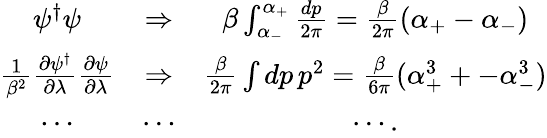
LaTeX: \begin{array}{ccc}{{\psi^{\dagger}\psi}}&{{\Rightarrow}}&{{\beta\int_{\alpha_{-}}^{\alpha_{+}}{\frac{dp}{2\pi}}={\frac{\beta}{2\pi}}(\alpha_{+}-\alpha_{-})}}\\ {{{\frac{1}{\beta^{2}}}{\frac{\partial\psi^{\dagger}}{\partial\lambda}}{\frac{\partial\psi}{\partial\lambda}}}}&{{\Rightarrow}}&{{{\frac{\beta}{2\pi}}\int dp\, p^{2}={\frac{\beta}{6\pi}}(\alpha_{+}^{3}+-\alpha_{-}^{3})}}\\ {{\cdots}}&{{\cdots}}&{{\cdots.}}\end{array}